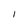
Character: l